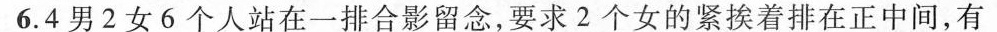
6.4男2女6个人站在一排合影留念，要求2个女的紧挨着排在正中间，